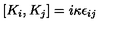
[ K _ { i } , K _ { j } ] = i \kappa \epsilon _ { i j }